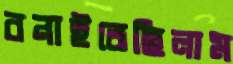
বনাইতেছিলাম